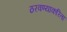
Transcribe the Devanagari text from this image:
ठरवण्याकरिता